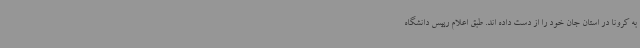
به کرونا در استان جان خود را از دست داده اند. طبق اعلام رییس دانشگاه